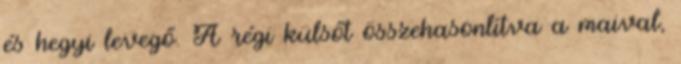
és hegyi levegő. A régi külsőt összehasonlítva a maival,